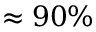
\approx 9 0 \%